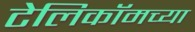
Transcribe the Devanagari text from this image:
टेलिकॉमच्या